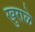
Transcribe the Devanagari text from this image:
खुराळे